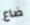
ضاع